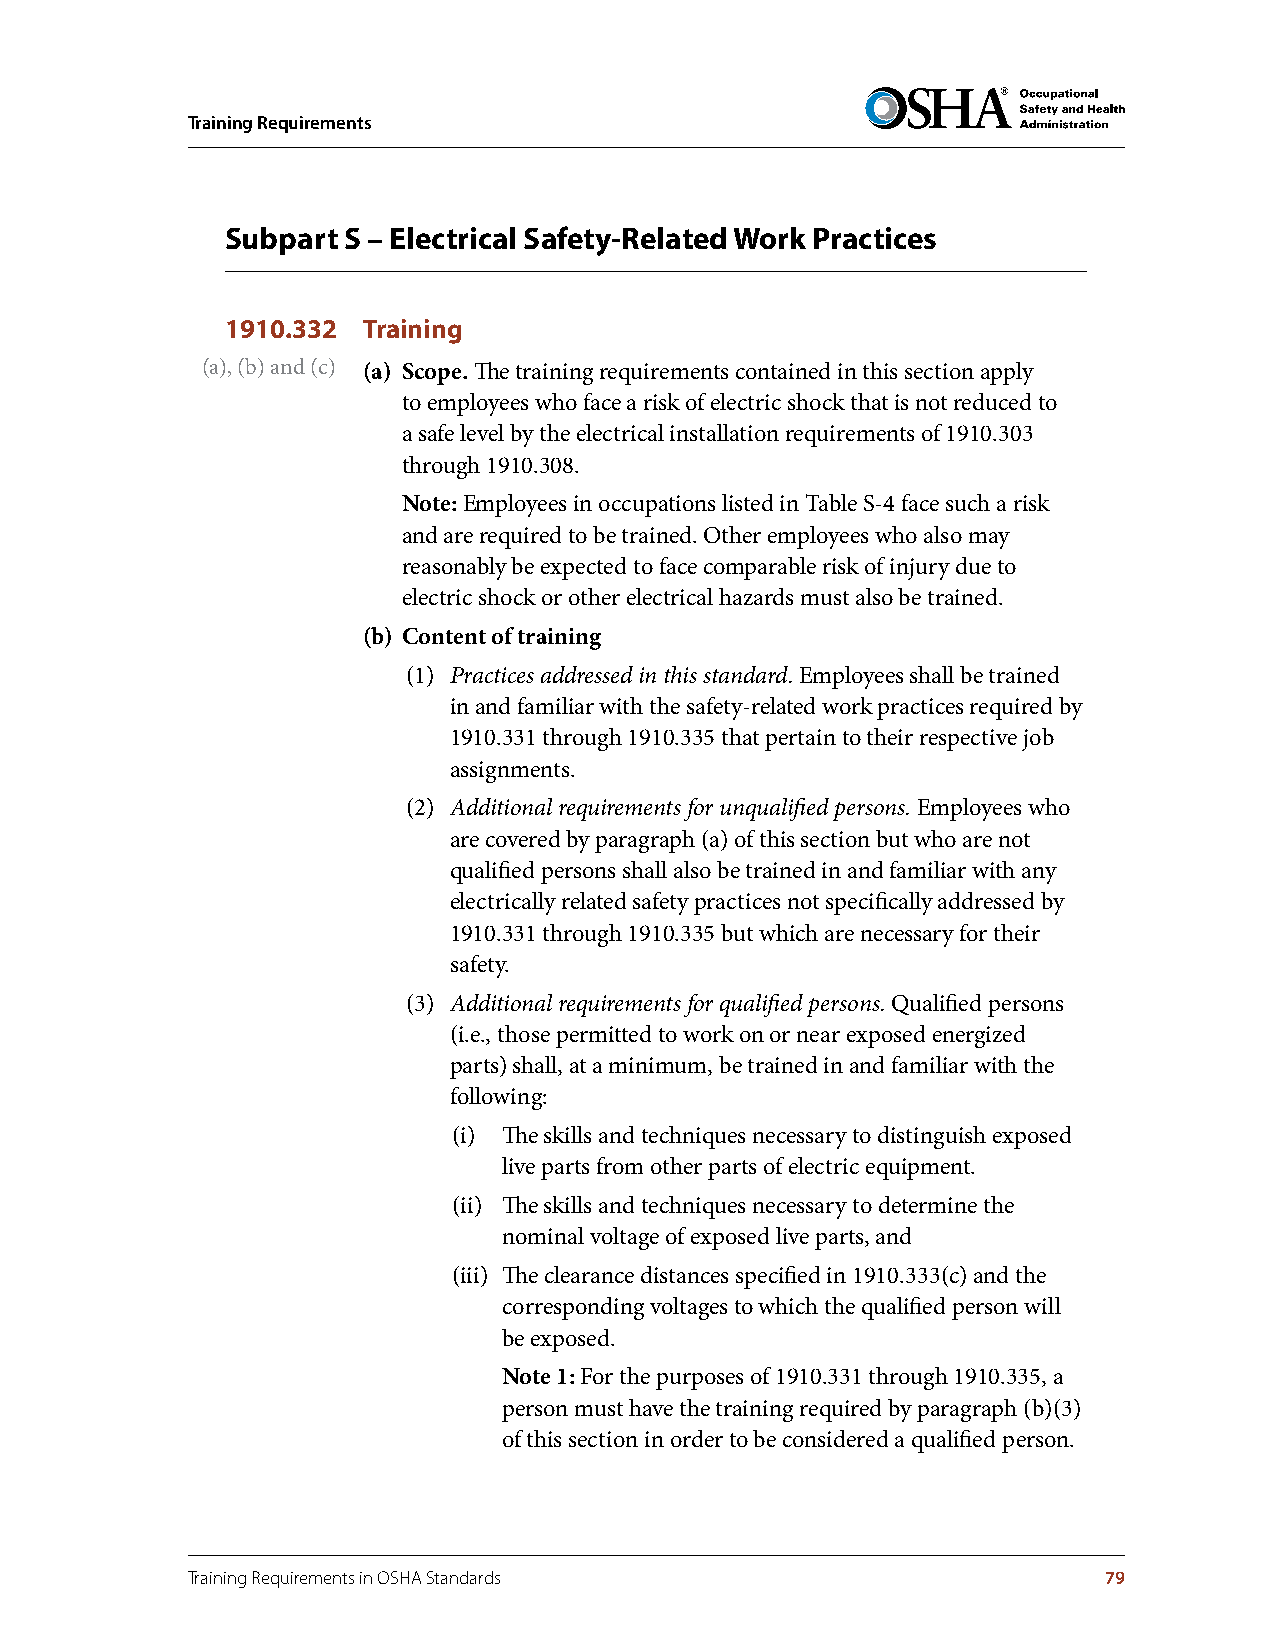
Training Requirements
 Subpart S – Electrical Safety-Related Work Practices
 1910.332 Training
 (a), (b) and (c) (a) Scope . The training requirements contained in this section apply
 to employees who face a risk of electric shock that is not reduced to
 a safe level by the electrical installation requirements of 1910.303
 through 1910.308.
 Note: Employees in occupations listed in Table S-4 face such a risk
 and are required to be trained. Other employees who also may
 reasonably be expected to face comparable risk of injury due to
 electric shock or other electrical hazards must also be trained.
 (b) Content of training
 (1) Practices addressed in this standard. Employees shall be trained
 in and familiar with the safety-related work practices required by
 1910.331 through 1910.335 that pertain to their respective job
 assignments.
 (2) Additional requirements for unqualified persons. Employees who
 are covered by paragraph (a) of this section but who are not
 qualified persons shall also be trained in and familiar with any
 electrically related safety practices not specifically addressed by
 1910.331 through 1910.335 but which are necessary for their
 safety.
 (3) Additional requirements for qualified persons. Qualified persons
 (i.e., those permitted to work on or near exposed energized
 parts) shall, at a minimum, be trained in and familiar with the
 following:
 (i) The skills and techniques necessary to distinguish exposed
 live parts from other parts of electric equipment.
 (ii) The skills and techniques necessary to determine the
 nominal voltage of exposed live parts, and
 (iii) The clearance distances specified in 1910.333(c) and the
 corresponding voltages to which the qualified person will
 be exposed.
 Note 1: For the purposes of 1910.331 through 1910.335, a
 person must have the training required by paragraph (b)(3)
 of this section in order to be considered a qualified person.
 Training Requirements in OSHA Standards                      79